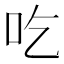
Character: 吃